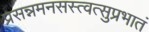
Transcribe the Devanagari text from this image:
प्रसन्नमनसस्त्वत्सुप्रभातं